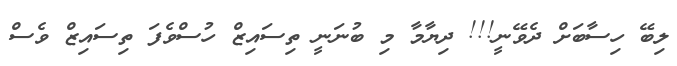
ލިބޭ ހިސާބަށް ދެވޭނީ!!! ދިޔާމާ މި ބުނަނީ ތިސައިޒް ހުސްވެފަ ތިސައިޒް ވެސް